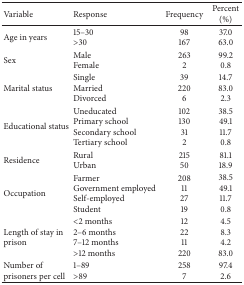
<table><thead><tr><td><b>Variable </b></td><td><b>Response </b></td><td><b>Frequency </b></td><td><b>Percent (%)</b></td></tr></thead><tbody><tr><td>Age in years</td><td>15–30&gt;30</td><td>98167</td><td>37.063.0</td></tr><tr><td>Sex</td><td>MaleFemale</td><td>2632</td><td>99.20.8</td></tr><tr><td>Marital status</td><td>SingleMarried Divorced</td><td>392206</td><td>14.783.02.3</td></tr><tr><td>Educational status</td><td>UneducatedPrimary schoolSecondary schoolTertiary school</td><td>102130312</td><td>38.549.111.70.8</td></tr><tr><td>Residence</td><td>RuralUrban</td><td>21550</td><td>81.118.9</td></tr><tr><td>Occupation</td><td>FarmerGovernment employed Self-employedStudent</td><td>208112719</td><td>38.549.111.70.8</td></tr><tr><td>Length of stay in prison</td><td>&lt;2 months2–6 months7–12 months&gt;12 months</td><td>122211220</td><td>4.58.34.283.0</td></tr><tr><td>Number of prisoners per cell</td><td>1–89&gt;89</td><td>2587</td><td>97.42.6</td></tr></tbody></table>